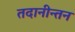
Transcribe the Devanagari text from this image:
तदानीन्तन